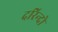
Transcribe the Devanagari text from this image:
दरिन्‍दो